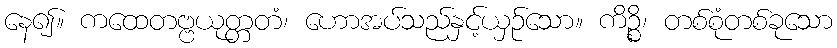
နေ၍။ ကထေတဗ္ဗယုတ္တတံ၊ ဟောအပ်သည်နှင့်ယှဉ်သော။ ကိဉ္စိ၊ တစ်စုံတစ်ခုသော